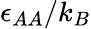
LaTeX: \epsilon_{AA}/k_{B}